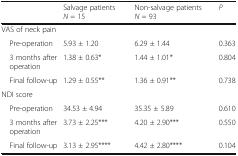
<table><thead><tr><td></td><td><b>Salvage patients <i>N</i> = 15</b></td><td><b>Non-salvage patients <i>N</i> = 93</b></td><td><b><i>P</i></b></td></tr></thead><tbody><tr><td colspan="4">VAS of neck pain</td></tr><tr><td> Pre-operation</td><td>5.93 ± 1.20</td><td>6.29 ± 1.44</td><td>0.363</td></tr><tr><td> 3 months after operation</td><td>1.38 ± 0.63*</td><td>1.44 ± 1.01*</td><td>0.804</td></tr><tr><td> Final follow-up</td><td>1.29 ± 0.55**</td><td>1.36 ± 0.91**</td><td>0.738</td></tr><tr><td colspan="4">NDI score</td></tr><tr><td> Pre-operation</td><td>34.53 ± 4.94</td><td>35.35 ± 5.89</td><td>0.610</td></tr><tr><td> 3 months after operation</td><td>3.73 ± 2.25***</td><td>4.20 ± 2.90***</td><td>0.550</td></tr><tr><td> Final follow-up</td><td>3.13 ± 2.95****</td><td>4.42 ± 2.80****</td><td>0.104</td></tr></tbody></table>